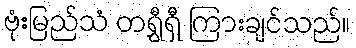
ဗုံးမြည်သံ တရွှီရှီ ကြားချင်သည်။